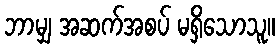
ဘာမျှ အဆက်အစပ် မရှိသောသူ။